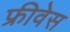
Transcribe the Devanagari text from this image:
फ्रीवेस